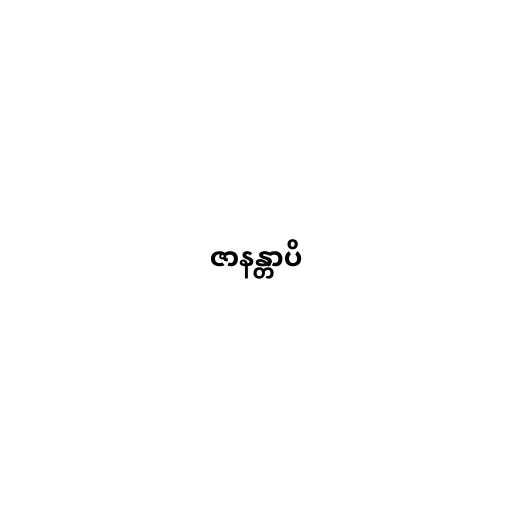
ဇာနန္တာပိ